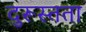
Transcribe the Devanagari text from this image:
दुरूस्तता